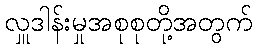
လှူဒါန်းမှုအစုစုတို့အတွက်